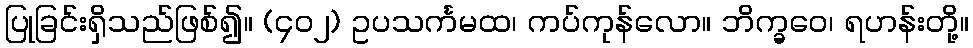
ပြုခြင်းရှိသည်ဖြစ်၍။ (၄၀၂) ဥပသင်္ကမထ၊ ကပ်ကုန်လော။ ဘိက္ခဝေ၊ ရဟန်းတို့။